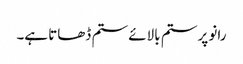
رانو پر ستم بالائے ستم ڈھاتا ہے۔